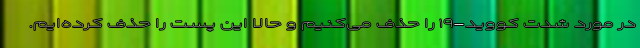
در مورد شدت کووید-۱۹ را حذف می‌کنیم و حالا این پست را حذف کرده‌ایم.